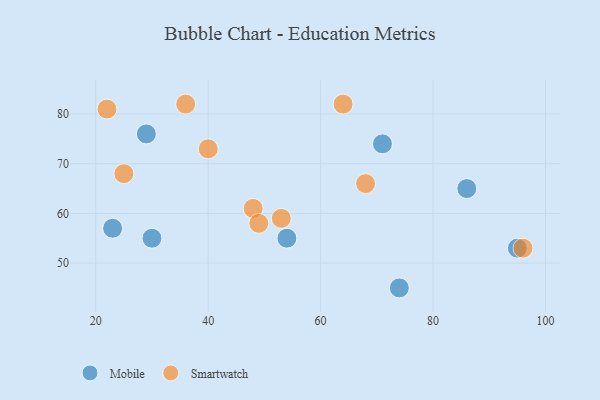
{"axis": {"x": "GDP", "y": "Life Expectancy"}, "legend": ["Mobile", "Smartwatch"], "data": [{"x": "29", "y": 76, "type": "Mobile"}, {"x": "54", "y": 55, "type": "Mobile"}, {"x": "23", "y": 57, "type": "Mobile"}, {"x": "71", "y": 74, "type": "Mobile"}, {"x": "30", "y": 55, "type": "Mobile"}, {"x": "95", "y": 53, "type": "Mobile"}, {"x": "86", "y": 65, "type": "Mobile"}, {"x": "74", "y": 45, "type": "Mobile"}, {"x": "53", "y": 59, "type": "Smartwatch"}, {"x": "96", "y": 53, "type": "Smartwatch"}, {"x": "36", "y": 82, "type": "Smartwatch"}, {"x": "64", "y": 82, "type": "Smartwatch"}, {"x": "68", "y": 66, "type": "Smartwatch"}, {"x": "40", "y": 73, "type": "Smartwatch"}, {"x": "25", "y": 68, "type": "Smartwatch"}, {"x": "48", "y": 61, "type": "Smartwatch"}, {"x": "22", "y": 81, "type": "Smartwatch"}, {"x": "49", "y": 58, "type": "Smartwatch"}]}